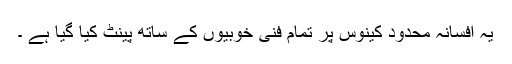
یہ افسانہ محدود کینوس پر تمام فنی خوبیوں کے ساتھ پینٹ کیا گیا ہے ۔